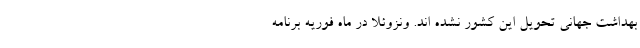
بهداشت جهانی تحویل این کشور نشده اند. ونزوئلا در ماه فوریه برنامه